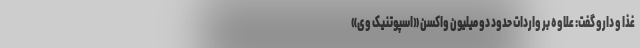
غذا و دارو گفت: علاوه بر واردات حدود دو میلیون واکسن «اسپوتنیک وی»